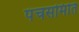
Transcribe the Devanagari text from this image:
पंचसमिति